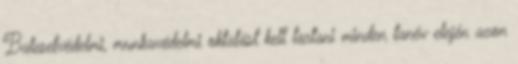
Balesetvédelmi, munkavédelmi oktatást kell tartani minden tanév elején azon